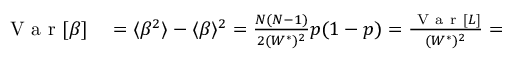
\begin{array} { r l } { \mathrm { ~ V ~ a ~ r ~ } [ \beta ] } & { { } = \langle \beta ^ { 2 } \rangle - \langle \beta \rangle ^ { 2 } = \frac { N ( N - 1 ) } { 2 ( W ^ { * } ) ^ { 2 } } p ( 1 - p ) = \frac { \mathrm { ~ V ~ a ~ r ~ } [ L ] } { ( W ^ { * } ) ^ { 2 } } = } \end{array}